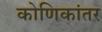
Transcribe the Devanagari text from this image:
कोणिकांतर